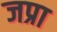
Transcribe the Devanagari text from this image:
जप्रा